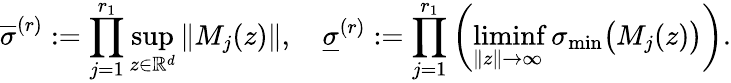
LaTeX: \overline{{\sigma}}^{(r)}:=\prod_{j=1}^{r_{1}}\operatorname*{sup}_{z\in\mathbb{R}^{d}}\| M_{j}(z)\| ,\quad\underline{{\sigma}}^{(r)}:=\prod_{j=1}^{r_{1}}\left(\operatorname*{liminf}_{\| z\| \to\infty}\sigma_{\operatorname*{min}}\big(M_{j}(z)\big)\right).